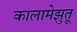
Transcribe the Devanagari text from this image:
कालामेझुतू